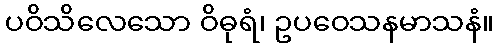
ပဝိသိလေသော ဝိဓုရံ၊ ဥပဝေသနမာသနံ။